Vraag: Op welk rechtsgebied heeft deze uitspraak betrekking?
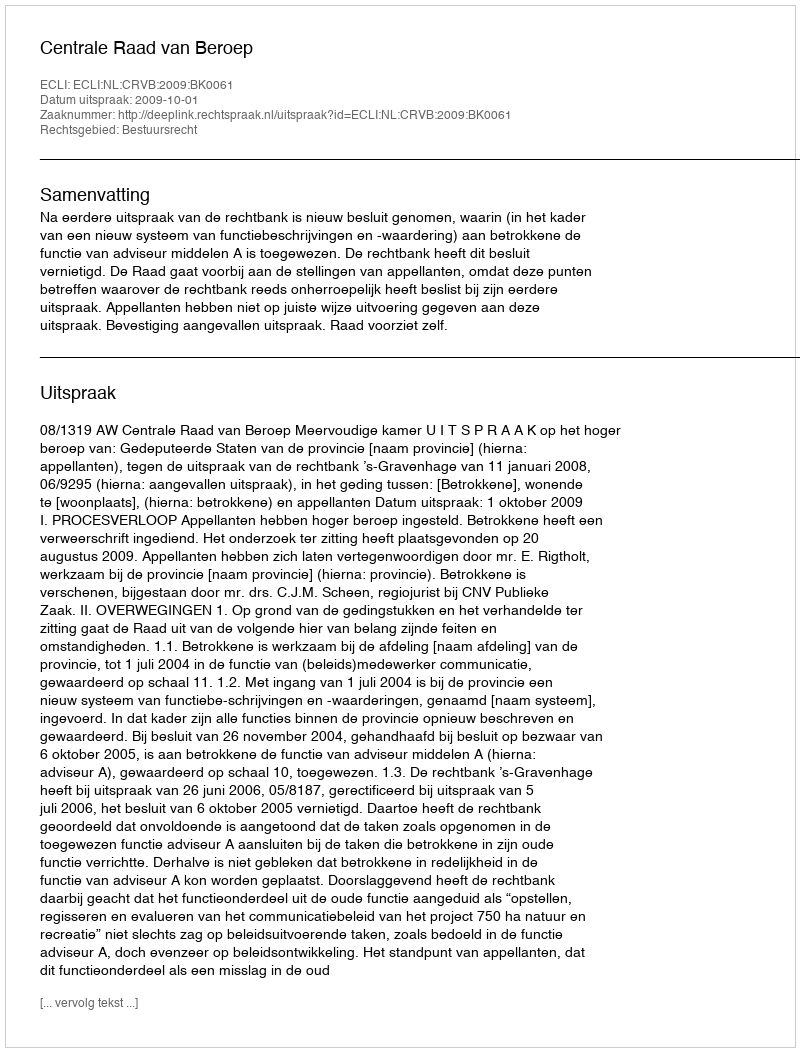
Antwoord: Bestuursrecht